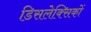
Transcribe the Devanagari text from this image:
डिसलेक्सिकों